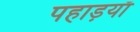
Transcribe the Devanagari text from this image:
पहाड़याँ